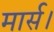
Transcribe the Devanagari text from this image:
मार्स।